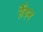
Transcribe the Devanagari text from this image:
र्हेइन